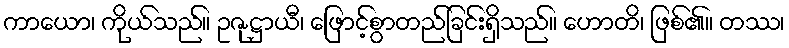
ကာယော၊ ကိုယ်သည်။ ဥဇုဋ္ဌာယီ၊ ဖြောင့်စွာတည်ခြင်းရှိသည်။ ဟောတိ၊ ဖြစ်၏။ တဿ၊